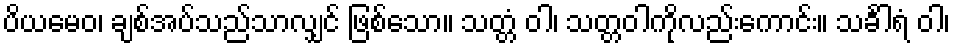
ပိယမေဝ၊ ချစ်အပ်သည်သာလျှင် ဖြစ်သော။ သတ္တံ ဝါ၊ သတ္တဝါကိုလည်းကောင်း။ သင်္ခါရံ ဝါ၊